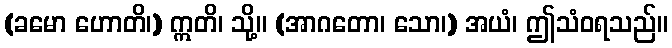
(ခမော ဟောတိ၊) ဣတိ၊ သို့။ (အာဂတော၊ သော၊) အယံ၊ ဤသံဝရသည်။